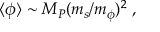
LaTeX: \langle \phi \rangle \sim M _ { P } ( m _ { s } / m _ { \phi } ) ^ { 2 } \; ,